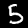
Label: 5